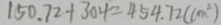
1 5 0 . 7 2 + 3 0 4 = 4 5 4 . 7 2 ( c m ^ { 2 } )